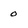
Character: 0